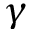
\gamma